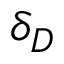
\delta _ { D }